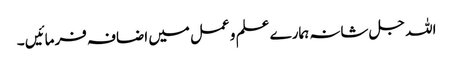
اللہ جل شانہ ہمارے علم و عمل میں اضافہ فرمائیں ۔